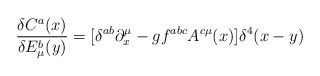
\begin{align*}\frac{\delta C^a(x)}{\delta E_\mu ^b(y)}=[\delta ^{ab}\partial _x^\mu-gf^{abc}A^{c\mu }(x)]\delta ^4(x-y)\end{align*}